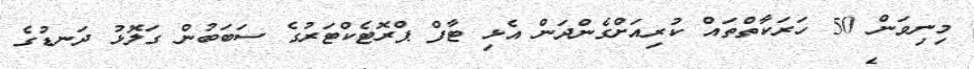
މިނިވަން 50 ހަރަކާތްތައް ކުރިއަށްގެންދަން އެޅި ޓާފް ޕްރޮޓެކްޓަރުގެ ސަބަބުން ގަލޮޅު ދަނޑުގެ